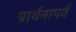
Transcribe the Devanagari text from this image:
प्रार्थनापर्व